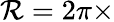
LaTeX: \mathcal{R}=2\pi\times